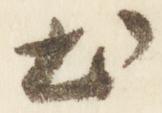
出